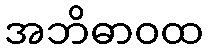
အဘိဓာဝထ